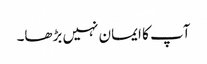
آپ کا ایمان نہیں بڑھا۔